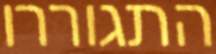
התגוררו